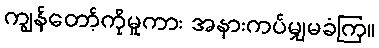
ကျွန်တော့်ကိုမူကား အနားကပ်မျှမခံကြ။